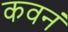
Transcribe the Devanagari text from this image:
कवनं